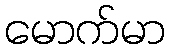
မောက်မာ